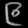
Digit: ၉